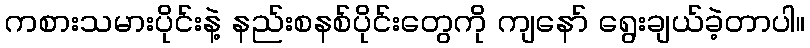
ကစားသမားပိုင်းနဲ့ နည်းစနစ်ပိုင်းတွေကို ကျနော် ရွေးချယ်ခဲ့တာပါ။